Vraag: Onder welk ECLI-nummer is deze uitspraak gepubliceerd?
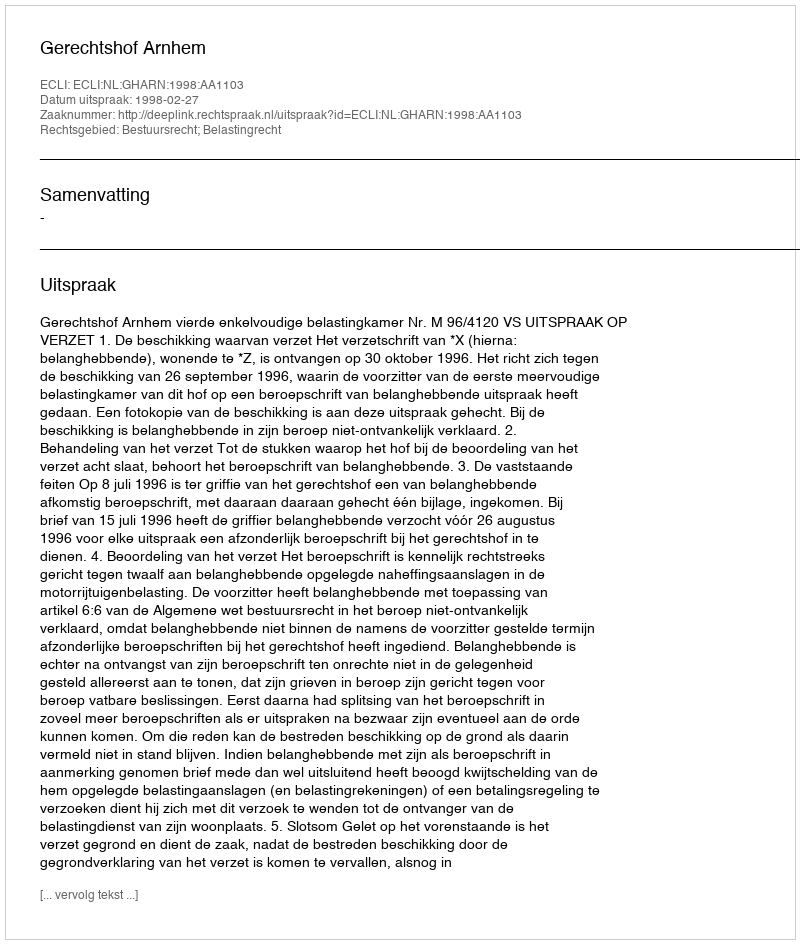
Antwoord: ECLI:NL:GHARN:1998:AA1103